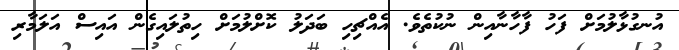
އުނގުޅާލުމަށް ފަހު ފާހާނާއިން ނުކުތެވެ. އެއްޗިހި ބަދަލު ކޮށްލުމަށް ހިތުލައިގެން އައިސް އަލަމާރި